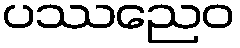
ပဿညေဝ